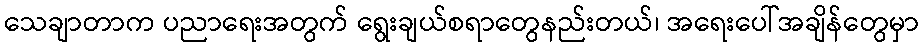
သေချာတာက ပညာရေးအတွက် ရွေးချယ်စရာတွေနည်းတယ်၊ အရေးပေါ်အချိန်တွေမှာ